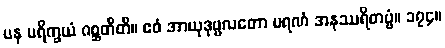
ပန ပရိက္ခယံ ဂစ္ဆတီတိ။ ဧဝံ အာယုဒုဗ္ဗလတော မရဏံ အနုဿရိတဗ္ဗံ။ ၁၇၄။